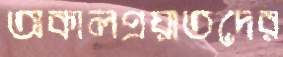
অকালপ্রয়াতদের